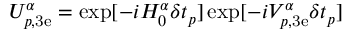
U _ { p , \mathrm { 3 e } } ^ { \alpha } = \exp [ - i H _ { 0 } ^ { \alpha } \delta t _ { p } ] \exp [ - i V _ { p , \mathrm { 3 e } } ^ { \alpha } \delta t _ { p } ]